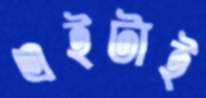
এইটাই